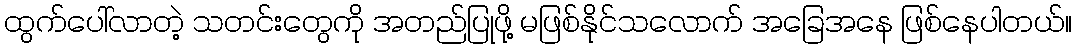
ထွက်ပေါ်လာတဲ့ သတင်းတွေကို အတည်ပြုဖို့ မဖြစ်နိုင်သလောက် အခြေအနေ ဖြစ်နေပါတယ်။